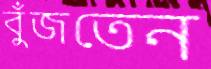
বুঁজতেন